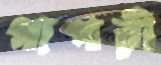
গাগরী